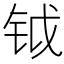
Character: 钺